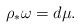
LaTeX: \begin{align*} \rho_*\omega =d\mu.\end{align*}